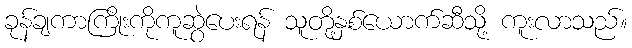
ခုန်ချကာကြိုးကိုကူဆွဲပေးရန် သူတို့နှစ်ယောက်ဆီသို့ ကူးလာသည်။